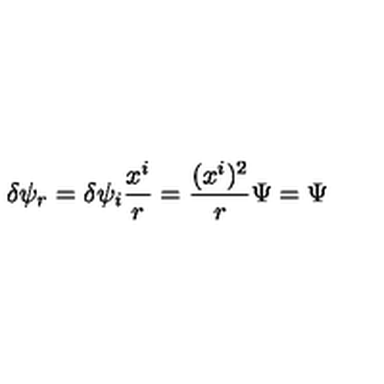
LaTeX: \delta \psi _ { r } = \delta \psi _ { i } { \frac { x ^ { i } } { r } } = { \frac { ( x ^ { i } ) ^ { 2 } } { r } } \Psi = \Psi